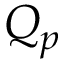
Q _ { p }